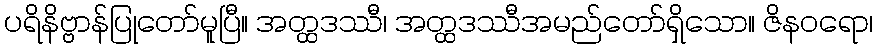
ပရိနိဗ္ဗာန်ပြုတော်မူပြီ။ အတ္ထဒဿီ၊ အတ္ထဒဿီအမည်တော်ရှိသော။ ဇိနဝရော၊